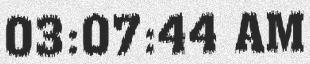
03:07:44 AM